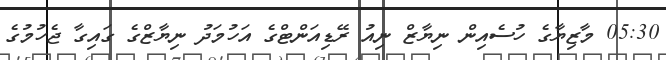
05:30 މާޒިޔާގެ ހުސެއިން ނިޔާޒް ނިއު ރޭޑިއަންޓްގެ އަހުމަދު ނިޔާޒްގެ ގައިގާ ޖެހުމުގެ